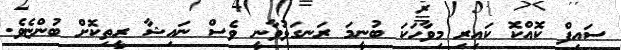
ސައިފް ކޮއްކޮ ކައިރި މިވާހަކަ ބުނީމަ ރަނގަޅުވާނީ ވެސް ނައިޝާ ރީތިކޮށް ބުންޏެވެ.